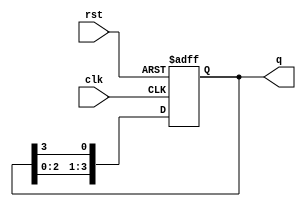
module ring_counter #(parameter N = 4) (
    input wire clk,          // Clock signal
    input wire rst,          // Asynchronous reset signal
    output reg [N-1:0] q     // Output state of the ring counter
);

    // Initial state
    initial begin
        q = 1'b1; // Set the initial state to '100...0'
    end

    always @(posedge clk or posedge rst) begin
        if (rst) begin
            q <= 1'b1; // Reset to initial state
        end else begin
            // Shift the '1' through the ring
            q <= {q[N-2:0], q[N-1]}; // Shift left and wrap around
        end
    end

endmodule